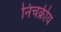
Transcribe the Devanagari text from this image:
निचक्रीय